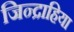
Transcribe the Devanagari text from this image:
जिन्द्राहिया